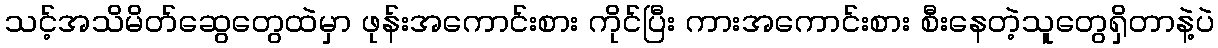
သင့်အသိမိတ်ဆွေတွေထဲမှာ ဖုန်းအကောင်းစား ကိုင်ပြီး ကားအကောင်းစား စီးနေတဲ့သူတွေရှိတာနဲ့ပဲ